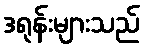
ဒရုန်းများသည်